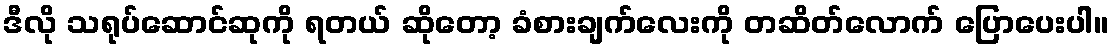
ဒီလို သရုပ်ဆောင်ဆုကို ရတယ် ဆိုတော့ ခံစားချက်လေးကို တဆိတ်လောက် ပြောပေးပါ။